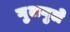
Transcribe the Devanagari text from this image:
गु्लगुले